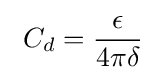
\ C_{d}={\frac {\epsilon }{4\pi \delta }}